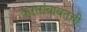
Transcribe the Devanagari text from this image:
करारांबाबतची